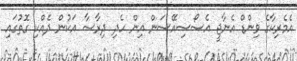
އެމެރިކާގެ ވިންޑް އެނާޖީ އެސޯސިއޭސަން އިން ހެދި ދިރާސާ އަކުން ދެއްކި ގޮތުގައި